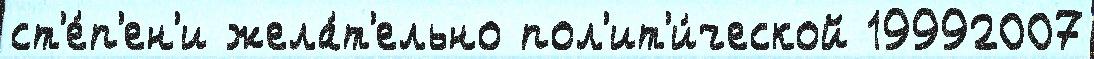
ст'е́п'ен'и жела́т'ельно пол'ит'и́ческой 19992007